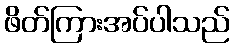
ဖိတ်ကြားအပ်ပါသည်